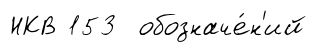
НКВ 153 обозначе́н'ий